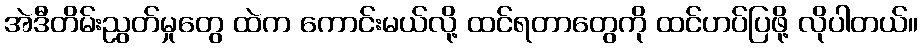
အဲဒီတိမ်းညွတ်မှုတွေ ထဲက ကောင်းမယ်လို့ ထင်ရတာတွေကို ထင်ဟပ်ပြဖို့ လိုပါတယ်။